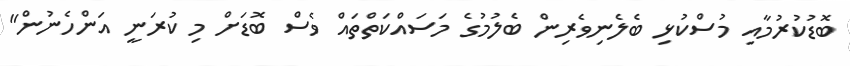
ބޮޑުކުރުމާއި މުސްކުޅި ބެލެނިވެރިން ބެލުމުގެ މަަސައްކަތްތައް ވެސް ބޮޑަށް މި ކުރަނީ އަންހެނުން"